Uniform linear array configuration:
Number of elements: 24
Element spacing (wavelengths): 0.75
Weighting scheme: blackman
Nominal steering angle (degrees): -15
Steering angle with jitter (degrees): -14.242
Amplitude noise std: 0.05
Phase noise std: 0.05

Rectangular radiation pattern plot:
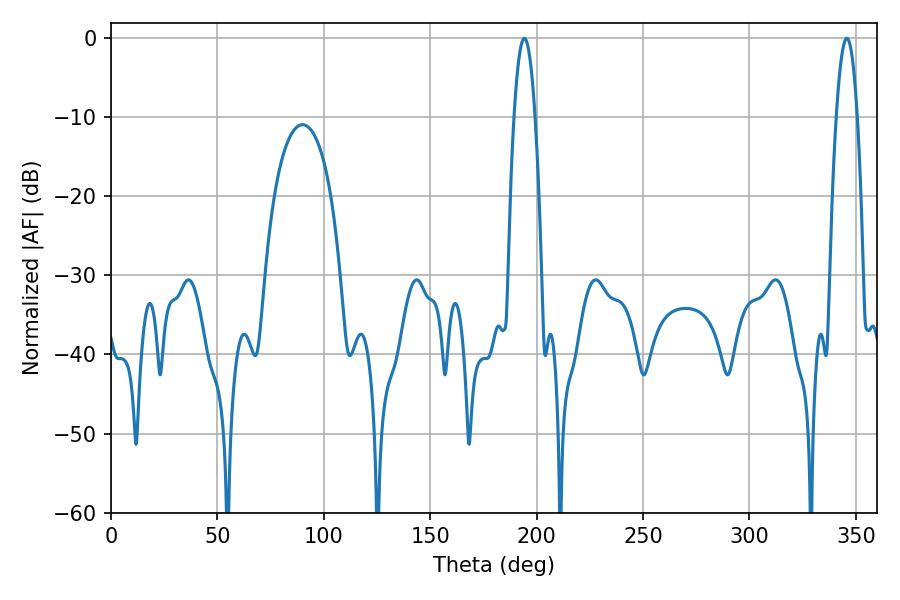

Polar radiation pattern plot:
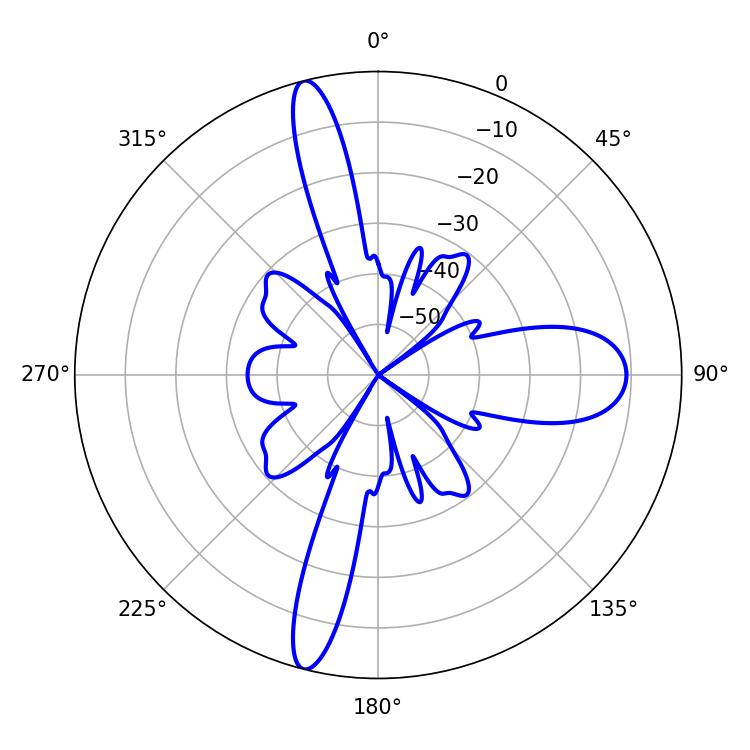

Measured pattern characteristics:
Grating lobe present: TRUE
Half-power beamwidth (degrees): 5.4
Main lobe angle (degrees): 194.22